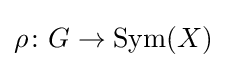
\rho \colon G\to \operatorname {Sym} (X)